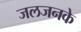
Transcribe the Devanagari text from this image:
जलजनके